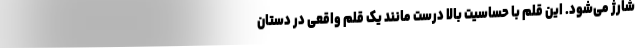
شارژ می‌شود. این قلم با حساسیت بالا درست مانند یک قلم واقعی در دستان